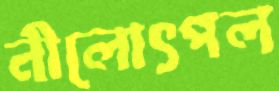
নীলোৎপল